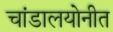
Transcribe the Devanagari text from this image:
चांडालयोनीत